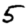
Digit: 5